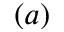
( a )